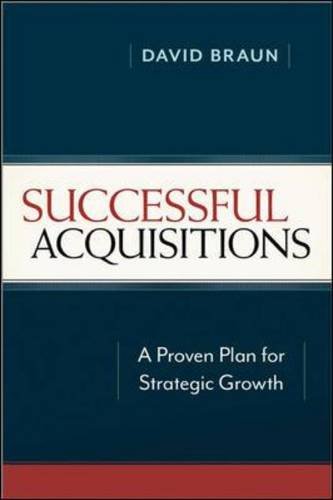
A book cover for Successful Acquisitions: A Proven Plan for Strategic Growth; David Braun; Business & Money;